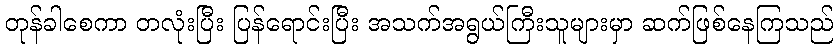
တုန်ခါစေကာ တလုံးပြီး ပြန်ရောင်းပြီး အသက်အရွယ်ကြီးသူများမှာ ဆက်ဖြစ်နေကြသည်